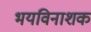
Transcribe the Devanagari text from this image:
भयविनाशक